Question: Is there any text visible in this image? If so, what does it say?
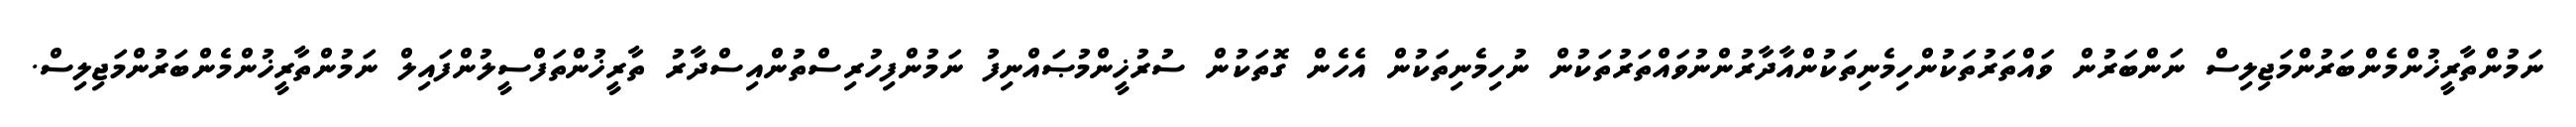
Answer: ނަމުންތާރީޚުންމެންބަރުންމަޖިލިސް ނަންބަރުން ވައްތަރުތަކުންހިމެނިތަކުންއާދާރުންނުވައްތަރުތަކުން ނުހިމެނިތަކުން އެހެން ގޮތަކުން ސުރުޚީންމުޞައްނިފު ނަމުންފިހުރިސްތުންއިސްދާރު ތާރީޚުންތަފްސީލުންފައިލް ނަމުންތާރީޚުންމެންބަރުންމަޖިލިސް.